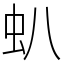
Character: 𧈢